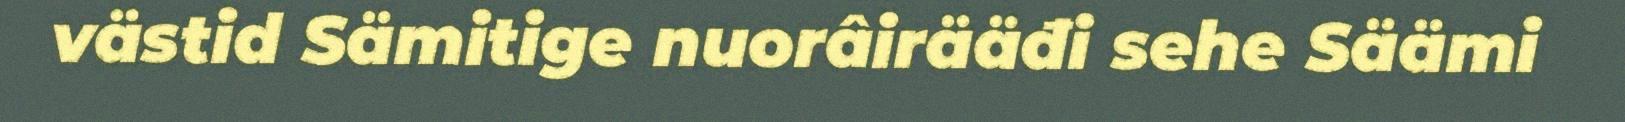
västid Sämitige nuorâirääđi sehe Säämi